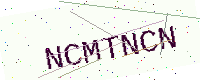
Text: NCMTNCN